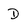
Character: D